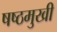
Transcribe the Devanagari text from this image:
षष्ठमुखी